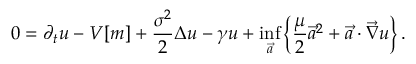
0 = \partial _ { t } u - V [ m ] + \frac { \sigma ^ { 2 } } { 2 } \Delta { u } - \gamma u + \operatorname* { i n f } _ { \vec { a } } \left\{ \frac { \mu } { 2 } \vec { a } ^ { 2 } + \vec { a } \cdot \vec { \nabla } { u } \right\} .